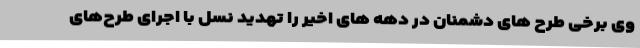
وی برخی طرح های دشمنان در دهه های اخیر را تهدید نسل با اجرای طرح‌های